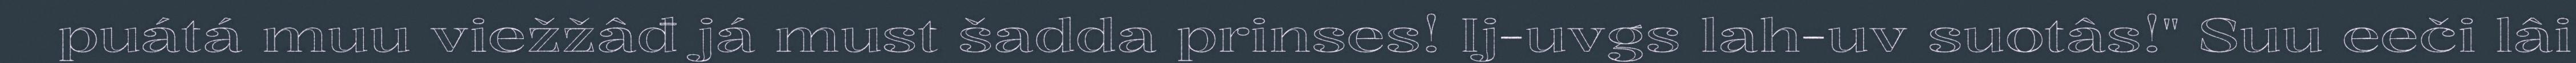
puátá muu viežžâđ já must šadda prinses! Ij-uvgs lah-uv suotâs!" Suu eeči lâi